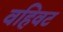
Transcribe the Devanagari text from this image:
वहिवट